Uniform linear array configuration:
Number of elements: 12
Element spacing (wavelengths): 0.75
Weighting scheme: binomial
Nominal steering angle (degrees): -30
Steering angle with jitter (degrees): -28.21
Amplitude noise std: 0.05
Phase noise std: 0.05

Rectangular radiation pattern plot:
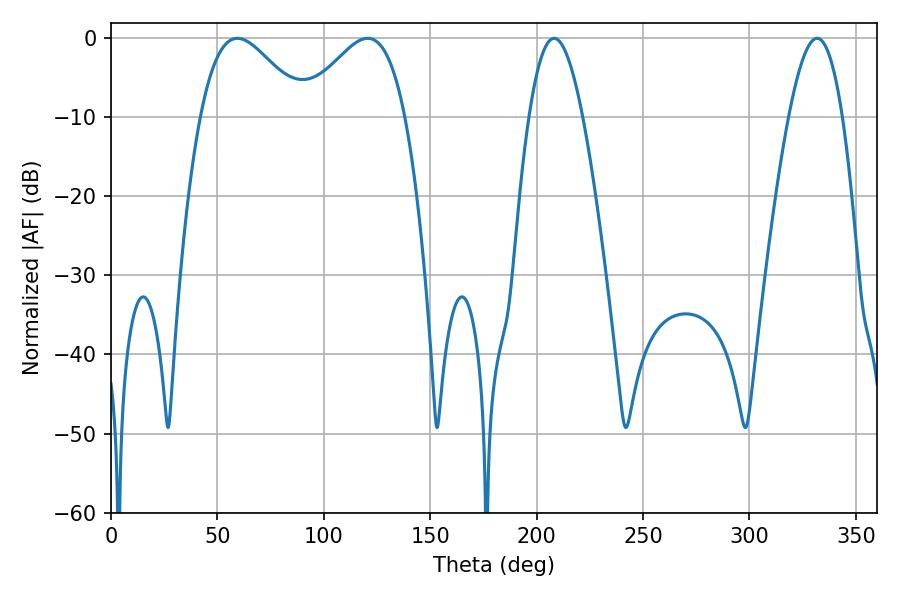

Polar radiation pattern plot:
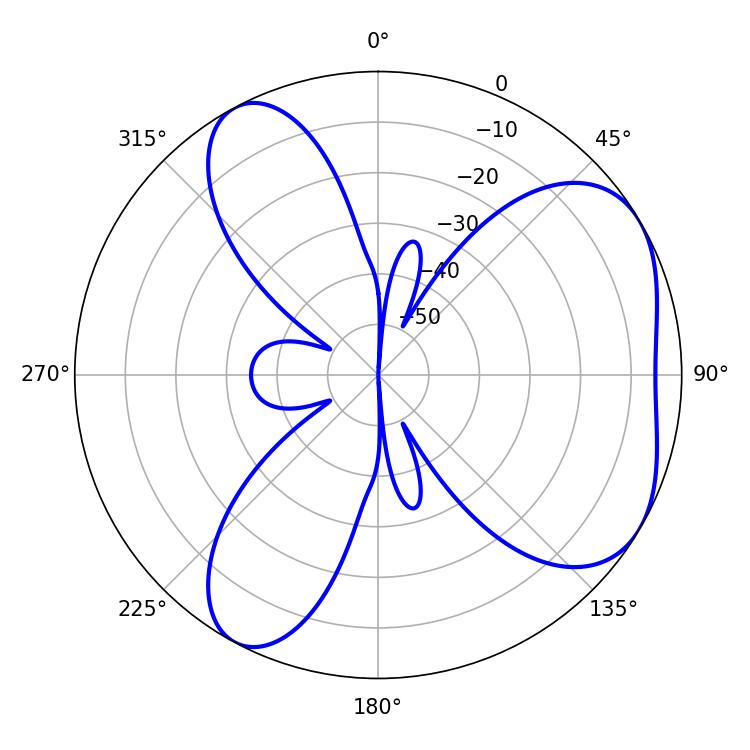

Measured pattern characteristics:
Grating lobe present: TRUE
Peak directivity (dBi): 5.013
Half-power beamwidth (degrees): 26.1
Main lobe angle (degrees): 59.4